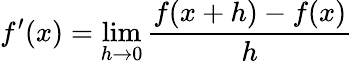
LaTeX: f^{\prime}(x)=\operatorname*{lim}_{h\to 0}{\frac{f(x+h)-f(x)}{h}}